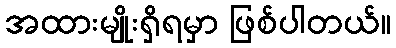
အထားမျိုးရှိရမှာ ဖြစ်ပါတယ်။